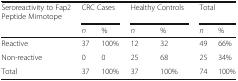
<table><thead><tr><td><b>Seroreactivity to Fap2 Peptide Mimotope</b></td><td colspan="2"><b>CRC Cases</b></td><td colspan="2"><b>Healthy Controls</b></td><td colspan="2"><b>Total</b></td></tr><tr><td></td><td><b><i>n</i></b></td><td><b>%</b></td><td><b><i>n</i></b></td><td><b>%</b></td><td><b><i>n</i></b></td><td><b>%</b></td></tr></thead><tbody><tr><td>Reactive</td><td>37</td><td>100%</td><td>12</td><td>32</td><td>49</td><td>66%</td></tr><tr><td>Non-reactive</td><td>0</td><td>0</td><td>25</td><td>68</td><td>25</td><td>34%</td></tr><tr><td>Total</td><td>37</td><td>100%</td><td>37</td><td>100%</td><td>74</td><td>100%</td></tr></tbody></table>